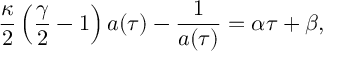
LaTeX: \frac { \kappa } { 2 } \left( \frac { \gamma } { 2 } - 1 \right) a ( \tau ) - \frac { 1 } { a ( \tau ) } = \alpha \tau + \beta ,